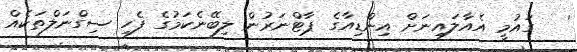
'   ގައުމީ އެއާލައިނަށް އިންޑިއާގެ ޕާޓްނަރުން ލިބޭނެކަމުގެ ފެހި ސިގްނަލްތަކެއް